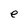
Character: e